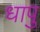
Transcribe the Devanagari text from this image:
धापु